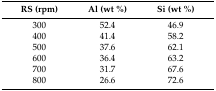
<table><thead><tr><td><b>RS (rpm)</b></td><td><b>Al (wt %)</b></td><td><b>Si (wt %)</b></td></tr></thead><tbody><tr><td>300</td><td>52.4</td><td>46.9</td></tr><tr><td>400</td><td>41.4</td><td>58.2</td></tr><tr><td>500</td><td>37.6</td><td>62.1</td></tr><tr><td>600</td><td>36.4</td><td>63.2</td></tr><tr><td>700</td><td>31.7</td><td>67.6</td></tr><tr><td>800</td><td>26.6</td><td>72.6</td></tr></tbody></table>